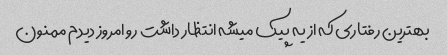
بهترین رفتاری که از یه پیک میشه انتظار داشت رو امروز دیدم ممنون